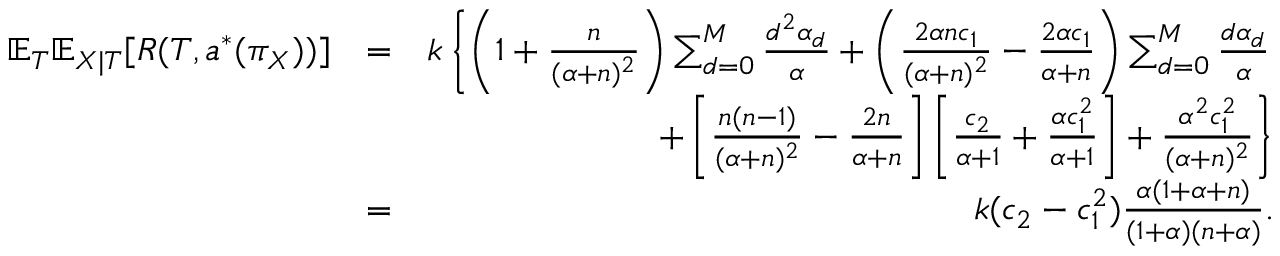
\begin{array} { r l r } { \mathbb { E } _ { T } \mathbb { E } _ { X | T } [ R ( T , a ^ { * } ( \pi _ { X } ) ) ] } & { = } & { k \left\{ \left( 1 + \frac { n } { ( \alpha + n ) ^ { 2 } } \right) \sum _ { d = 0 } ^ { M } \frac { d ^ { 2 } \alpha _ { d } } { \alpha } + \left( \frac { 2 \alpha n c _ { 1 } } { ( \alpha + n ) ^ { 2 } } - \frac { 2 \alpha c _ { 1 } } { \alpha + n } \right) \sum _ { d = 0 } ^ { M } \frac { d \alpha _ { d } } { \alpha } \right. } \\ & { } & { \left. + \left[ \frac { n ( n - 1 ) } { ( \alpha + n ) ^ { 2 } } - \frac { 2 n } { \alpha + n } \right] \left[ \frac { c _ { 2 } } { \alpha + 1 } + \frac { \alpha c _ { 1 } ^ { 2 } } { \alpha + 1 } \right] + \frac { \alpha ^ { 2 } c _ { 1 } ^ { 2 } } { ( \alpha + n ) ^ { 2 } } \right\} } \\ & { = } & { k ( c _ { 2 } - c _ { 1 } ^ { 2 } ) \frac { \alpha ( 1 + \alpha + n ) } { ( 1 + \alpha ) ( n + \alpha ) } . } \end{array}